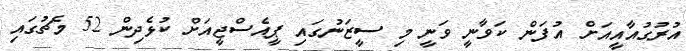
އުރުގުއާއީއަށް އުފަން ކަވާނީ ވަނީ މި ސީޒަނުގައި ޕީއެސްޖީއަށް ކުޅެދިން 52 މެޗުގައި